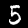
Label: 5